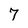
Character: 7